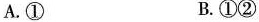
A.① B.①②